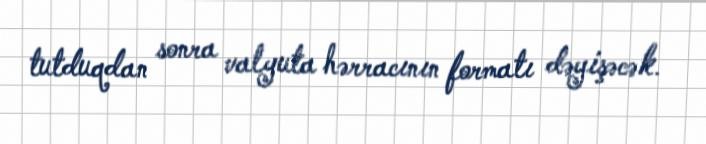
tutduqdan sonra valyuta hərracının formatı dəyişəcək.